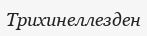
Трихинеллезден